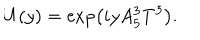
LaTeX: U ( y ) = \exp \left( i y A _ { 5 } ^ { 3 } T ^ { 3 } \right) .